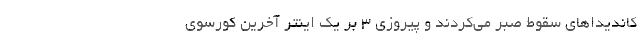
کاندیداهای سقوط صبر می‌کردند و پیروزی 3 بر یک اینتر آخرین کورسوی